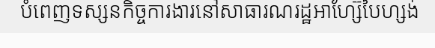
បំពេញទស្សនកិច្ចការងារនៅសាធារណរដ្ឋអាហ្ស៊ែបៃហ្សង់